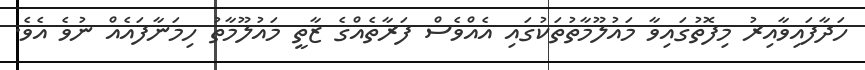
ހަދާފައިވާއިރު މިފޮތުގައިވާ މައުލޫމާތުތަކުގައި އެއްވެސް ފަރާތެއްގެ ޒާތީ މައުލޫމާތު ހިމަނާފައެއް ނުވެ އެވެ.